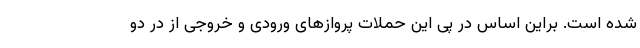
شده است. براین اساس در پی این حملات پروازهای ورودی و خروجی از در دو